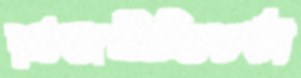
রাজনীতিচর্চা